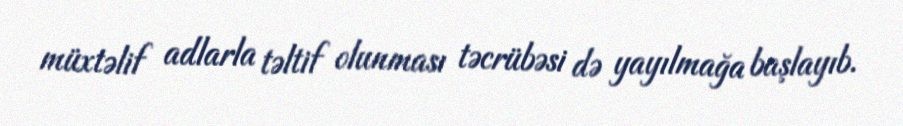
müxtəlif adlarla təltif olunması təcrübəsi də yayılmağa başlayıb.